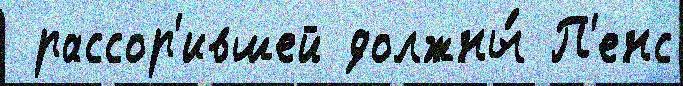
 рассор'ившей должны́ П'енс